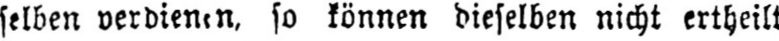
so können dieselben nicht ertheilt